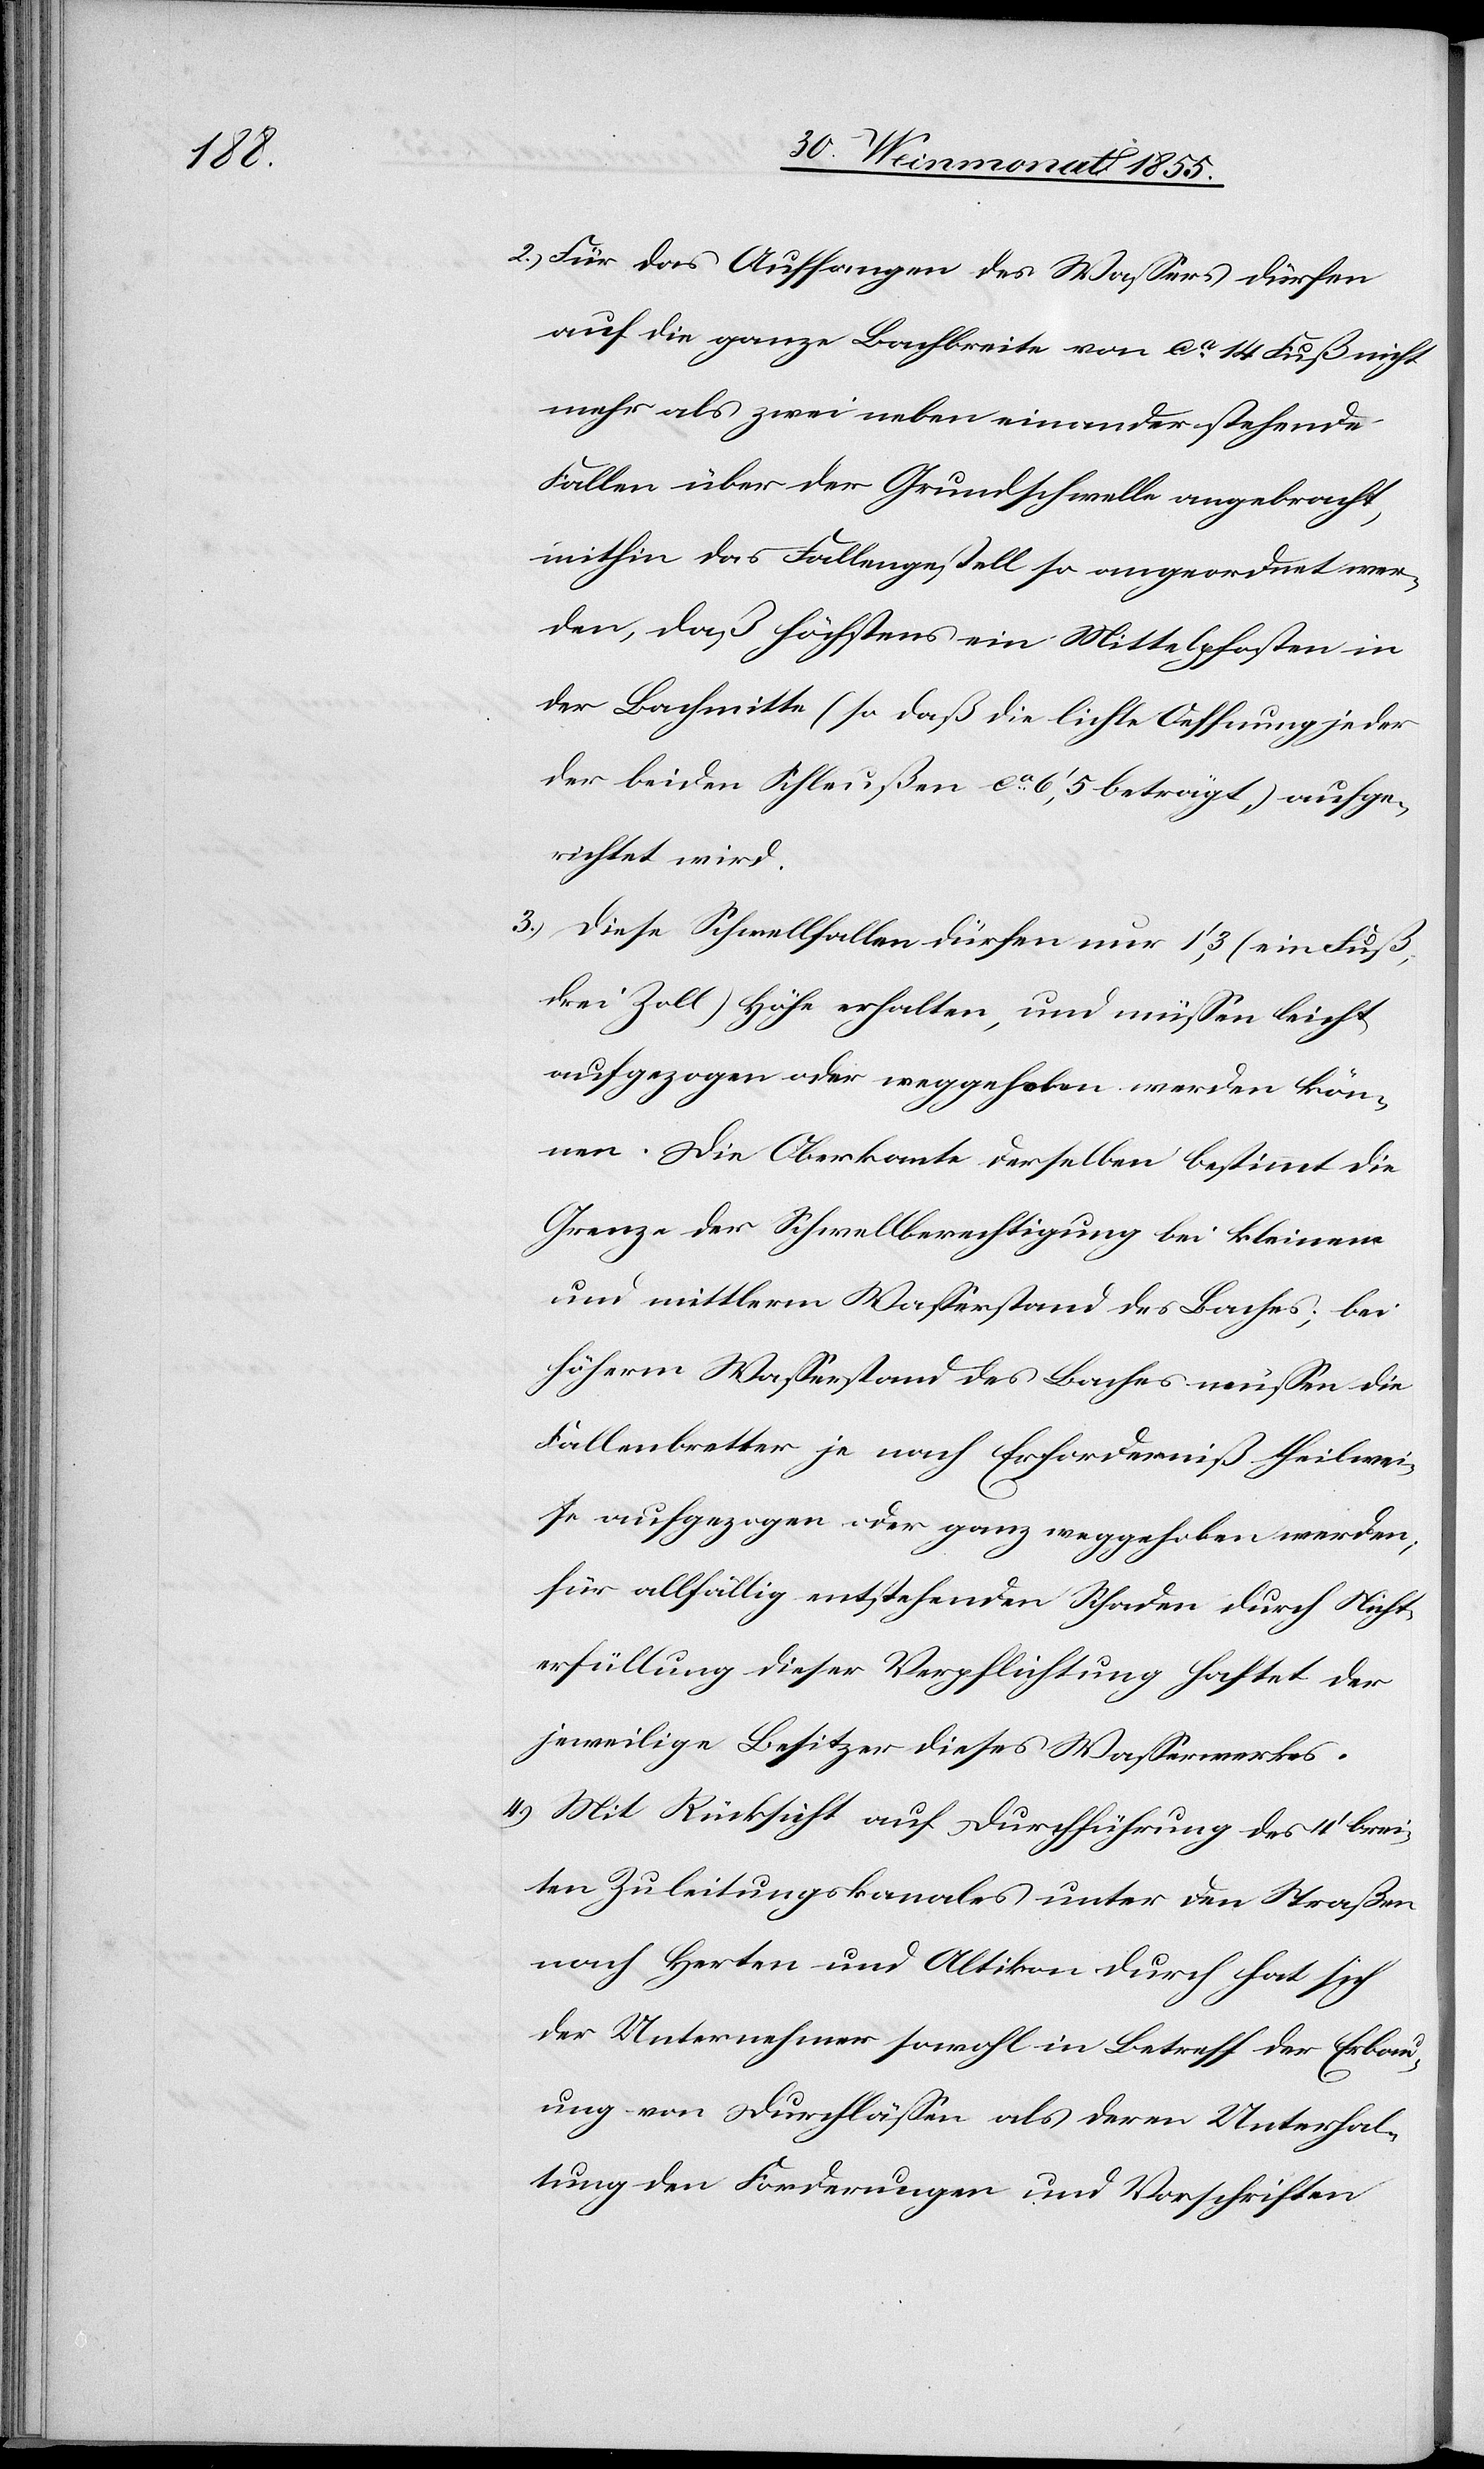
2.)

Für das Auffangen des Wassers dürfen
auf die ganze Bachbreite von ca 14 Fuß nicht
mehr als zwei neben einander stehende
Fallen über der Grundschwelle angebracht,
mithin das Fallengestell so angeordnet wer¬
den, daß höchstens ein Mittelpfosten in
der Bachmitte (so daß die lichte Oeffnung jeder
der beiden Schleußen ca 6‘,5 beträgt,) aufge¬
richtet wird.
Diese Schwellfallen dürfen nur 1‘,3 (ein Fuß,
drei Zoll) Höhe erhalten, und müssen leicht
aufgezogen oder weggehoben werden kön¬
nen. Die Oberkante derselben bestimmt die
Grenze der Schwellberechtigung bei kleinem
und mittlerm Wasserstand des Baches; bei
höherm Wasserstand des Baches müssen die
Fallenbretter je nach Erforderniß theilwei¬
se aufgezogen oder ganz weggehoben werden;
für allfällig entstehenden Schaden durch Nicht¬
erfüllung dieser Verpflichtung haftet der
jeweilige Besitzer dieses Wasserwerkes.
Mit Rücksicht auf Durchführung des 4‘ brei¬
ten Zuleitungskanales unter den Straßen
nach Herten und Altikon durch hat sich
der Unternehmer sowohl in Betreff der Erbau¬
ung von Durchlässen als deren Unterhal¬
tung den Forderungen und Vorschriften